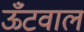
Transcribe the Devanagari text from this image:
ऊँटवाल